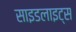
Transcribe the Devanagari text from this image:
साइडलाइट्स